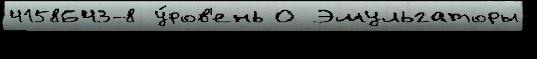
4158643-8 у́ров'ень О Эмульгаторы